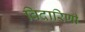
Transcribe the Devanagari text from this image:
विदारिणी